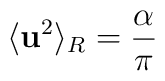
\langle{{\bf{u}}^2}\rangle_{R} = \frac{\alpha}{\pi}